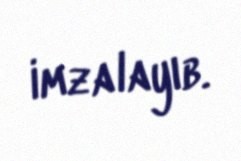
imzalayıb.